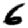
Digit: 6